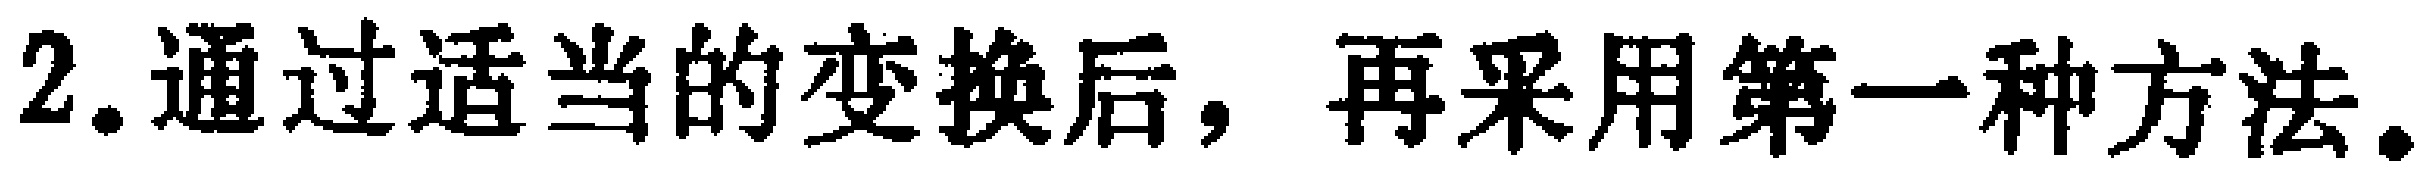
2.通过适当的变换后，再采用第一种方法。